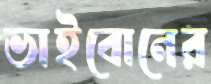
ভাইবোনের